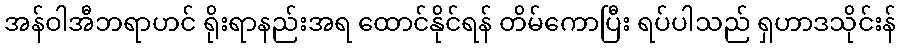
အန်ဝါအီဘရာဟင် ရိုးရာနည်းအရ ထောင်နိုင်ရန် တိမ်ကောပြီး ရပ်ပါသည် ရှဟာဒသိုင်းန်